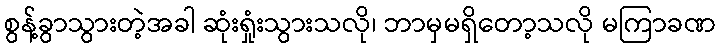
စွန့်ခွာသွားတဲ့အခါ ဆုံးရှုံးသွားသလို၊ ဘာမှမရှိတော့သလို မကြာခဏ